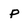
Character: P